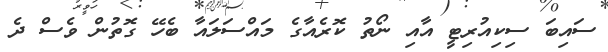
ސައިބަ ސިކިއުރިޓީ އާއި ނޯތު ކޮރެއާގެ މައްސަލައާ ބެހޭ ގޮތުން ވެސް ދެ